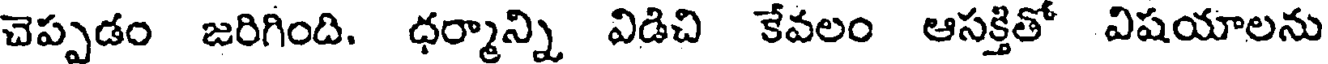
చెప్పడం జరిగింది. ధర్మాన్ని విడిచి కేవలం ఆసక్తితో విషయాలను